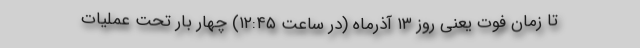
تا زمان فوت یعنی روز ۱۳ آذرماه (در ساعت ۱۲:۴۵) چهار بار تحت عملیات